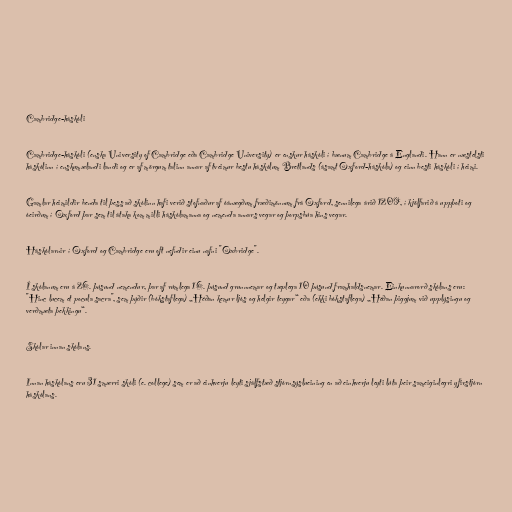
Cambridge-háskóli

Cambridge-háskóli (enska University of Cambridge eða Cambridge University) er enskur háskóli í bænum Cambridge á Englandi. Hann er næstelsti
háskólinn í enskumælandi landi og er af mörgum talinn annar af tveimur bestu háskólum Bretlands (ásamt Oxford-háskóla) og einn besti háskóli í heimi.

Gamlar heimildir benda til þess að skólinn hafi verið stofnaður af óánægðum fræðimönnum frá Oxford, sennilega árið 1209, í kjölfarið á uppþoti og
óeirðum í Oxford þar sem til átaka kom milli háskólamanna og nemenda annars vegar og þorpsbúa hins vegar.

Háskólarnir í Oxford og Cambridge eru oft nefndir einu nafni "Oxbridge".

Í skólanum eru á 26. þúsund nemendur, þar af rúmlega 16. þúsund grunnnemar og tæplega 10 þúsund framhaldsnemar. Einkunnarorð skólans eru:
"Hinc lucem et pocula sacra", sem þýðir (bókstaflega) „Héðan kemur ljós og helgir teygar“ eða (ekki bókstaflega) „Héðan þiggjum við upplýsingu og
verðmæta þekkingu“.

Skólar innan skólans.

Innan háskólans eru 31 smærri skóli (e. college) sem er að einhverju leyti sjálfstæð stjórnsýslueining en að einhverju leyti lúta þeir sameiginlegri yfirstjórn
háskólans.